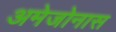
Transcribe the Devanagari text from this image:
अमेजोनास